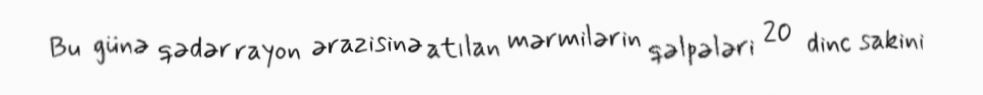
Bu günə qədər rayon ərazisinə atılan mərmilərin qəlpələri 20 dinc sakini